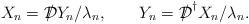
LaTeX: \begin{align*}X_n = {{\cal D}\kern-0.15em\raise0.17ex\llap{/}\kern0.15em\relax} Y_n/\lambda_n, \qquad Y_n ={{\cal D}\kern-0.15em\raise0.17ex\llap{/}\kern0.15em\relax}^\dagger{X_n}/ \lambda_n.\end{align*}